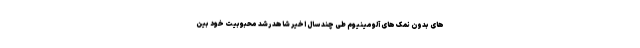
های بدون نمک های آلومینیوم طی چند سال اخیر شاهد رشد محبوبیت خود بین